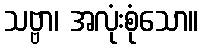
သဗ္ဗာ၊ အလုံးစုံသော။